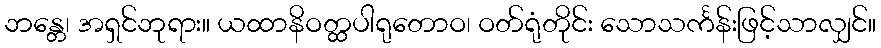
ဘန္တေ၊ အရှင်ဘုရား။ ယထာနိဝတ္ထပါရုတောဝ၊ ဝတ်ရုံတိုင်း သောသင်္ကန်းဖြင့်သာလျှင်။